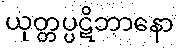
ယုတ္တပ္ပဋိဘာနော